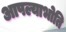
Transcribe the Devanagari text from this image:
आपल्याभोति